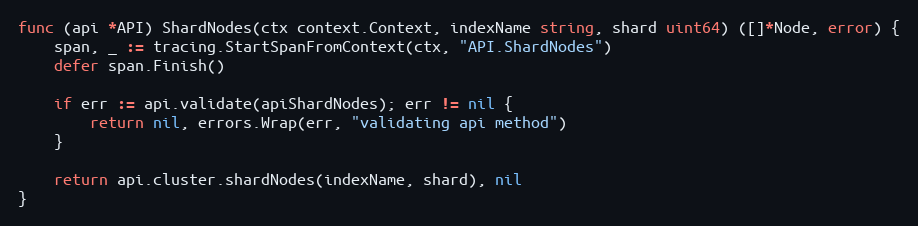
Language: Go
func (api *API) ShardNodes(ctx context.Context, indexName string, shard uint64) ([]*Node, error) {
	span, _ := tracing.StartSpanFromContext(ctx, "API.ShardNodes")
	defer span.Finish()

	if err := api.validate(apiShardNodes); err != nil {
		return nil, errors.Wrap(err, "validating api method")
	}

	return api.cluster.shardNodes(indexName, shard), nil
}